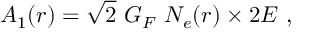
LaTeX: A _ { 1 } ( r ) = \sqrt { 2 } ~ G _ { F } ~ N _ { e } ( r ) \times 2 E ~ ,